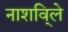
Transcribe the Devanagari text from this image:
नाशवि्ले